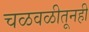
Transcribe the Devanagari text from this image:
चळवळीतूनही